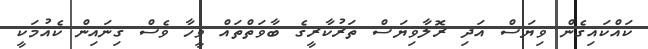
ކައްކައިގެން ވިޔަސް އަދި ރޮލާވިޔަސް ތަރުކާރީގެ ބާވަތްތައް ވީހާ ވެސް ގިނައިން ކެއުމަކީ